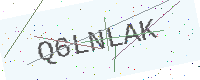
Text: Q6LNLAK